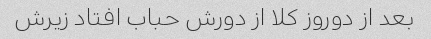
بعد از دوروز کلا از دورش حباب افتاد زیرش